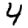
Digit: 4